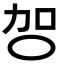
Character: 㔔